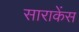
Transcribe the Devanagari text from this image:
साराकेंस